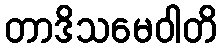
တာဒိသမေဝါတိ